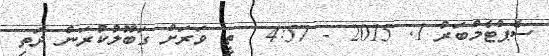
ސެޕްޓެމްބަރު 1